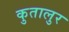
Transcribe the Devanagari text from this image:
कुतालुर